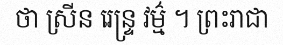
ថា ស្រីន រេន្ទ្រ វម៌្ម ។ ព្រះរាជា